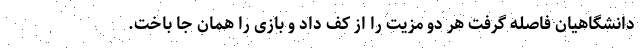
دانشگاهیان فاصله گرفت هر دو مزیت را از کف داد و بازی را همان جا باخت.